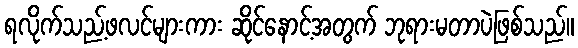
ရလိုက်သည့်ဖလင်များကား ဆိုင်နောင့်အတွက် ဘုရားမတာပဲဖြစ်သည်။